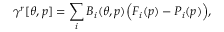
\gamma ^ { r } [ \theta , p ] = \sum _ { i } B _ { i } ( \theta , p ) \Big ( F _ { i } ( p ) - P _ { i } ( p ) \Big ) ,